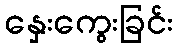
နှေးကွေးခြင်း